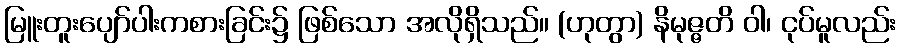
မြူးတူးပျော်ပါးကစားခြင်း၌ ဖြစ်သော အလိုရှိသည်။ (ဟုတွာ) နိမုဇ္ဇတိ ဝါ၊ ငုပ်မူလည်း